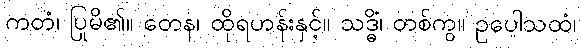
ကတံ၊ ပြုမိ၏။ တေန၊ ထိုရဟန်းနှင့်။ သဒ္ဓိံ၊ တစ်ကွ။ ဥပေါသထံ၊